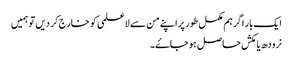
ایک بار اگر ہم مکمل طور پر اپنے من سے لاعلمی کو خارج کر دیں تو ہمیں
نرودھ یا مکش حاصل ہو جاۓ۔